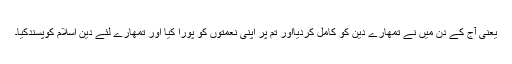
یعنی آج کے دن میں نے تمھارے دین کو کامل کردیااور تم پر اپنی نعمتوں کو پورا کیا اور تمھارے لئے دین اسلام کوپسندکیا۔